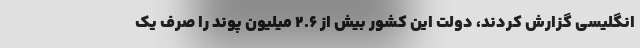
انگلیسی گزارش کردند، دولت این کشور بیش از ۲.۶ میلیون پوند را صرف یک